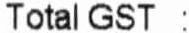
TOTAL GST :